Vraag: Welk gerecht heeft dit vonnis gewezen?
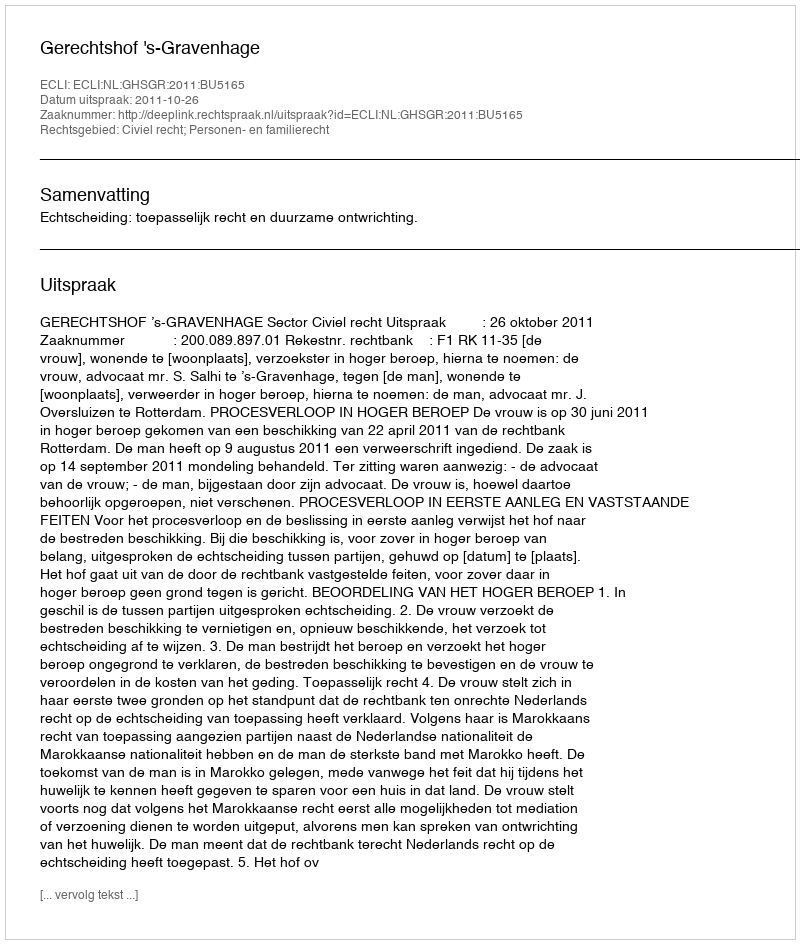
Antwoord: Gerechtshof 's-Gravenhage